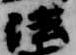
法